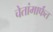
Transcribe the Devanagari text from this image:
चेतांमार्फत